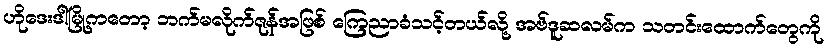
ဟိုဒေးဒါမြို့ကတော့ ဘက်မလိုက်ဇုန်အဖြစ် ကြေညာခံသင့်တယ်လို့ အဗ်ဒူဆလမ်က သတင်းထောက်တွေကို